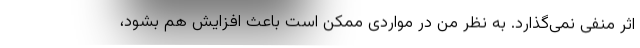
اثر منفی نمی‌گذارد. به نظر من در مواردی ممکن است باعث افزایش هم بشود،